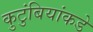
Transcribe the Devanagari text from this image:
कुटुंबियांकडे